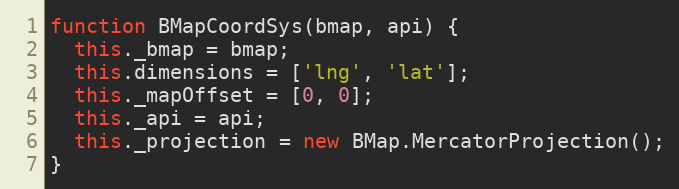
Language: JavaScript
function BMapCoordSys(bmap, api) {
  this._bmap = bmap;
  this.dimensions = ['lng', 'lat'];
  this._mapOffset = [0, 0];
  this._api = api;
  this._projection = new BMap.MercatorProjection();
}